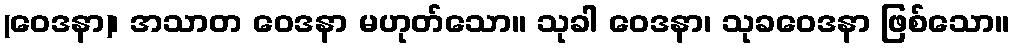
(ဝေဒနာ)၊ အသာတ ဝေဒနာ မဟုတ်သော။ သုခါ ဝေဒနာ၊ သုခဝေဒနာ ဖြစ်သော။